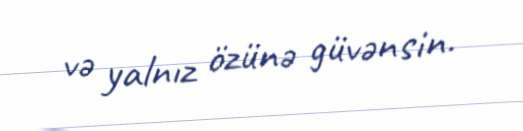
və yalnız özünə güvənsin.